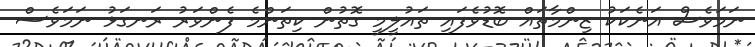
ނަމަވެސް އަނެކަކު ޒިންމާތައް ބޮޑުވެފައި ތައުލީމީ ގޮތުން ކިތަންމެ ފެންވަރު ރަނގަޅު ނަމަވެސް